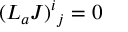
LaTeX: ( { \cal L } _ { a } J ) ^ { i } { } _ { j } = 0